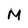
Character: M